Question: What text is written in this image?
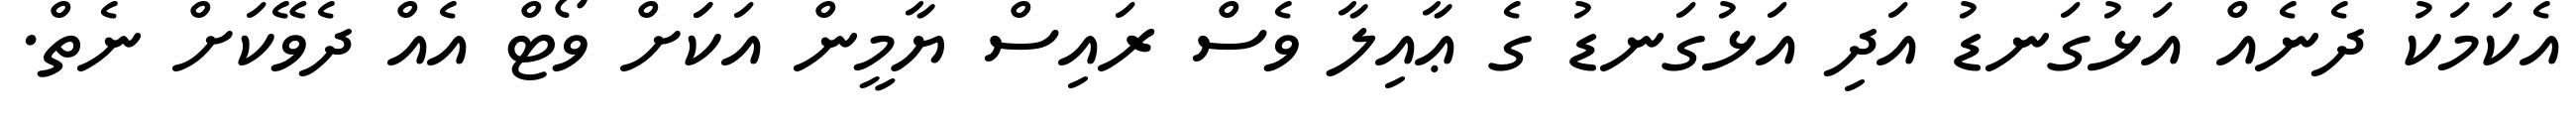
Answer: އެކަމަކު ދެނެއް އަޅުގަނޑު އަދި އަޅުގަނޑު ގެ ޢާއިލާ ވެސް ރައިސް ޔާމީން އަކަަށް ވޯޓް އެއް ދެވޭކަށް ނެތް.